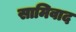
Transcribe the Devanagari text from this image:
सामिवाद